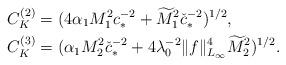
LaTeX: \begin{align*}&C_K^{(2)}= (4\alpha _1 M_1^2 {c}_*^{-2} +\widetilde{M}_1^2 \check{c}_*^{-2})^{1/2},\\&C_K^{(3)}=(\alpha _1 M_2^2\check{c}_*^{-2}+4\lambda _0^{-2}\Vert f\Vert ^4_{L_\infty}\widetilde{M}_2^2)^{1/2}.\end{align*}